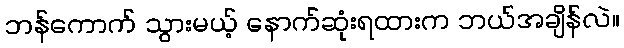
ဘန်ကောက် သွားမယ့် နောက်ဆုံးရထားက ဘယ်အချိန်လဲ။